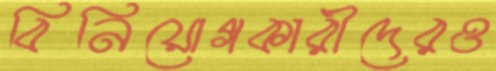
বিনিয়োগকারীদেরও